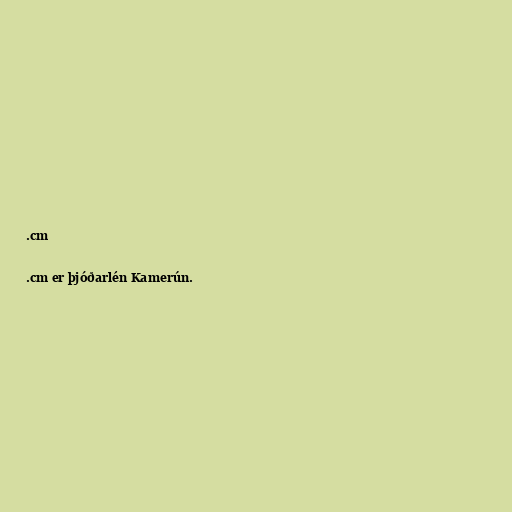
.cm

.cm er þjóðarlén Kamerún.